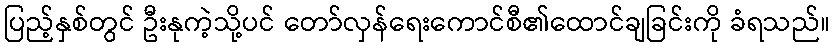
ပြည့်နှစ်တွင် ဦးနုကဲ့သို့ပင် တော်လှန်ရေးကောင်စီ၏ထောင်ချခြင်းကို ခံရသည်။